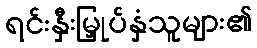
ရင်းနှီးမြှုပ်နှံသူများ၏